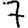
Digit: 7